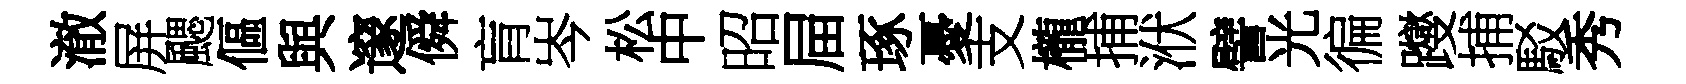
澈屏颸傴與邃僢肓岑松中昭屇琢憂支櫳捕洑譬光徧躞捕駁秀